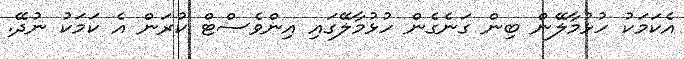
އެކަމަކު ހުޅުމާލޭން ބިން ގަނެގެން ހުޅުމާލޭގައި އިންވެސްޓް ކުރަން އެ ކަމަކު ނުދޭ.